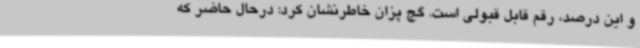
و این درصد، رقم قابل قبولی است. گچ پزان خاطرنشان کرد: درحال حاضر که